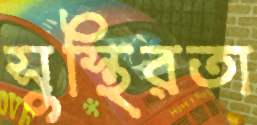
সুস্থিরতা